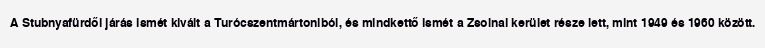
A Stubnyafürdői járás ismét kivált a Turócszentmártoniból, és mindkettő ismét a Zsolnai kerület része lett, mint 1949 és 1960 között.